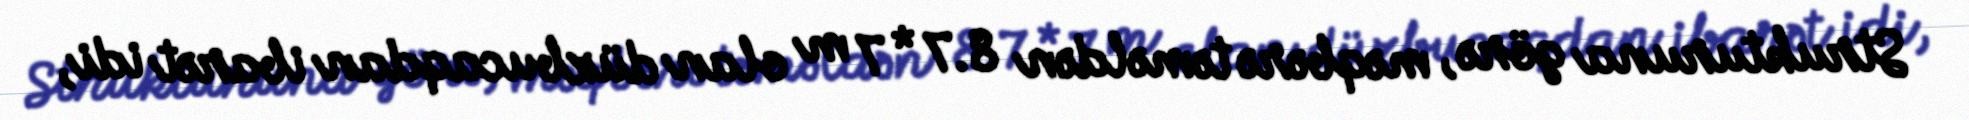
Strukturuna görə, məqbərə təməldən 8.7 * 7 m olan düzbucaqdan ibarət idi,